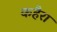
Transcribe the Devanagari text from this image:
कहैरा